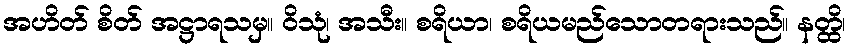
အဟိတ် စိတ် အဋ္ဌာရသမှ။ ဝိသုံ၊ အသီး။ စရိယာ၊ စရိယမည်သောတရားသည်။ နတ္ထိ၊